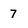
Character: 7